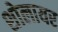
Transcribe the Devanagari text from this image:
शोलायर